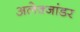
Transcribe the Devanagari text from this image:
अलेक्जांडर